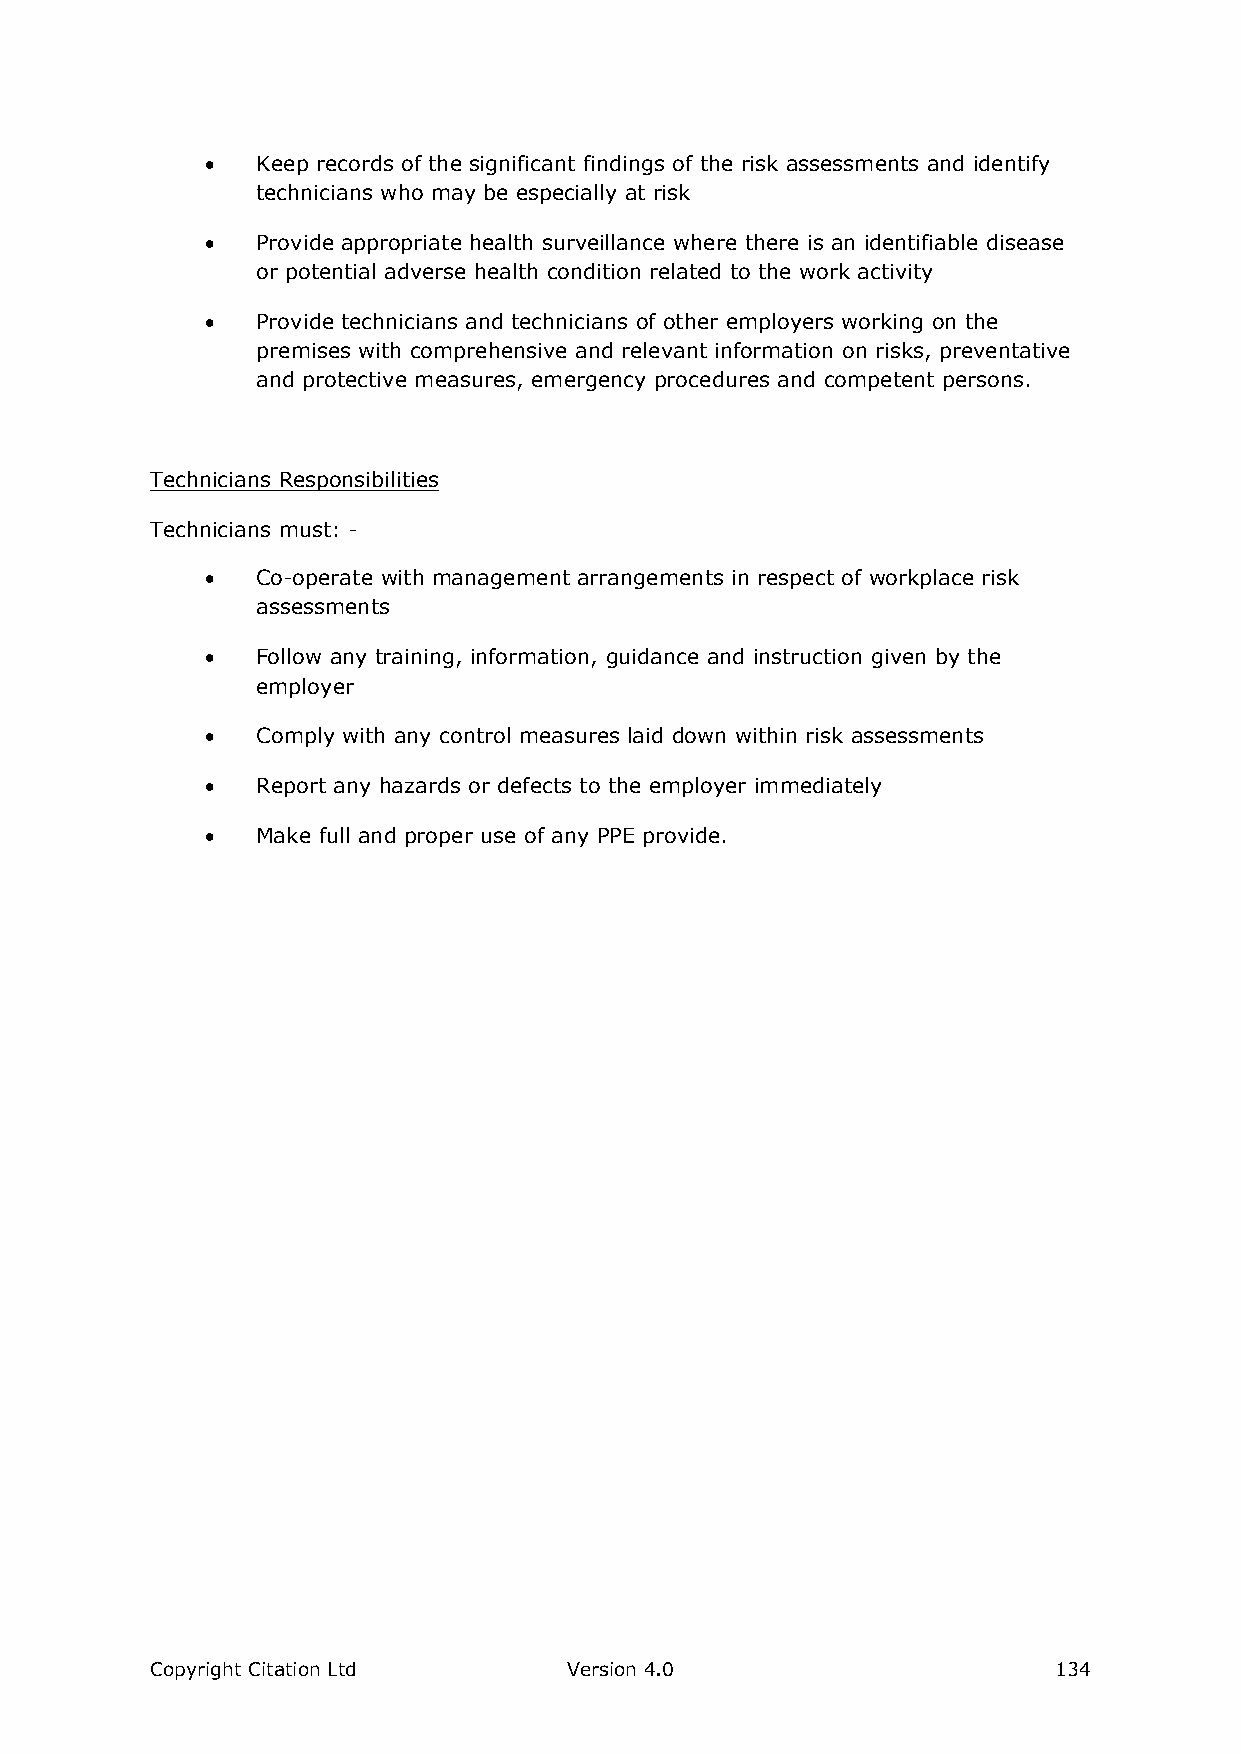
  Keep records of the significant findings of the risk assessments and identify
 technicians who may be especially at risk
   Provide appropriate health surveillance where there is an identifiable disease
 or potential adverse health condition related to the work activity
   Provide technicians and technicians of other employers working on the
 premises with comprehensive and relevant information on risks, preventative
 and protective measures, emergency procedures and competent persons.
 Technicians Responsibilities
 Technicians must: -
   Co-operate with management arrangements in respect of workplace risk
 assessments
   Follow any training, information, guidance and instruction given by the
 employer
   Comply with any control measures laid down within risk assessments
   Report any hazards or defects to the employer immediately
   Make full and proper use of any PPE provide.
 Copyright Citation Ltd      Version 4.0                     134